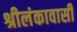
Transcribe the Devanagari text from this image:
श्रीलंकावासी